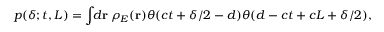
p ( \delta ; t , L ) = \int \! \! d \mathbf { r } \, \rho _ { E } ( \mathbf { r } ) \theta ( c t + \delta / 2 - d ) \theta ( d - c t + c L + \delta / 2 ) ,